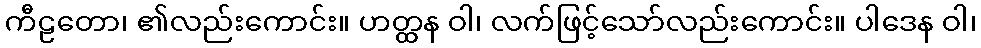
ကီဠတော၊ ၏လည်းကောင်း။ ဟတ္ထန ဝါ၊ လက်ဖြင့်သော်လည်းကောင်း။ ပါဒေန ဝါ၊